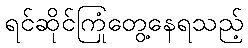
ရင်ဆိုင်ကြုံတွေ့နေရသည့်